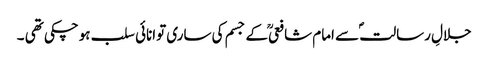
جلالِ رسالتؐ سے امام شافعیؒ کے جسم کی ساری توانائی سلب ہوچکی تھی ۔